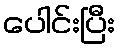
ပေါင်းပြီး